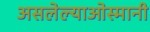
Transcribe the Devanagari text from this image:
असलेल्याओस्मानी